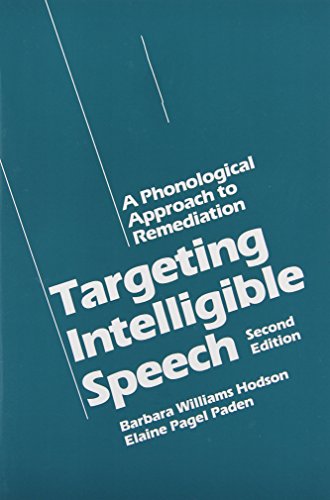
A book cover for Targeting Intelligible Speech: A Phonological Approach to Remediation, 2nd Edition; Barbara Williams Hodson; Medical Books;